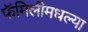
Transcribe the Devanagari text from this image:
फॅमिलीमधल्या